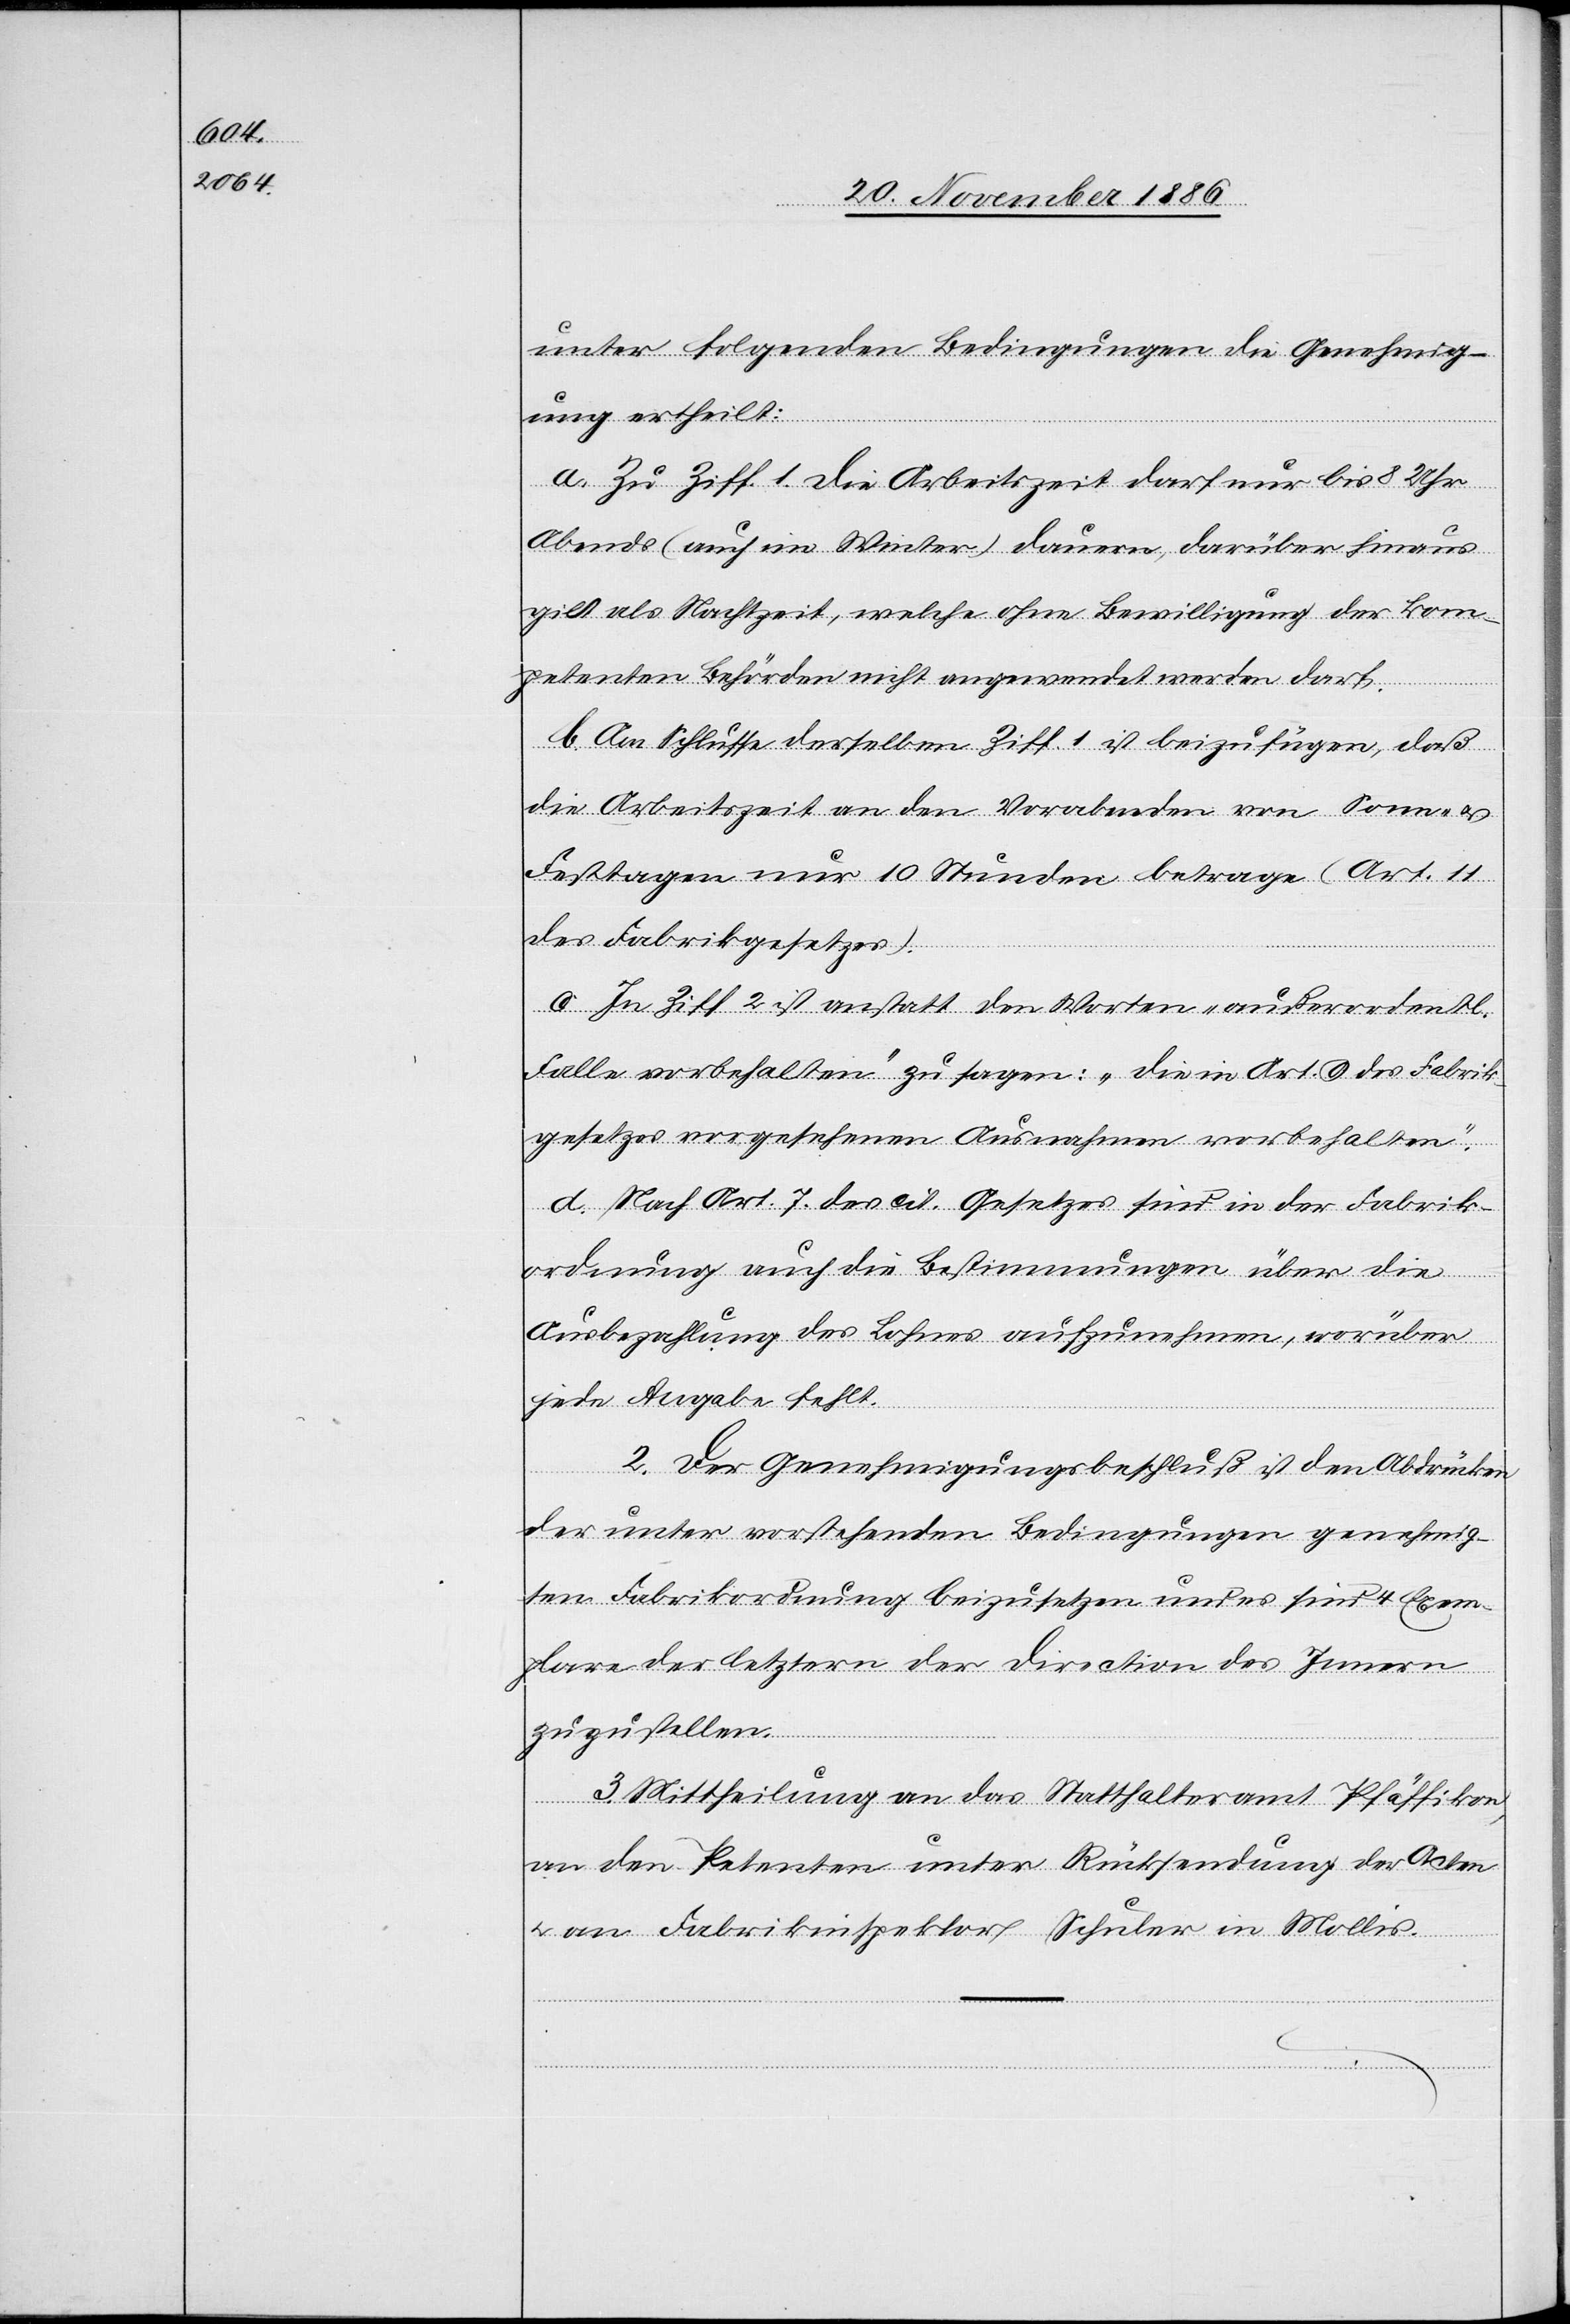
unter folgenden Bedingungen die Genehmig¬
ung ertheilt:
a. Zu Ziff. 1. Die Arbeitszeit darf nur bis 8 Uhr
Abends (auch im Winter) dauern, darüber hinaus
gilt als Nachtzeit, welche ohne Bewilligung der kom¬
petenten Behörden nicht angewendet werden darf.
b. Am Schlusse derselben Ziff. 1 ist beizufügen, daß
die Arbeitszeit an den Vorabenden von Sonn-
Festtagen nur 10 Stunden betrage (Art. 11
des Fabrikgesetzes).
c. In Ziff. 2 ist anstatt den Worten „außerordentl.
Falle [sic!] vorbehalten“ zu sagen: „die in Art. 9 des Fabrik¬
gesetzes vorgesehenen Ausnahmen vorbehalten“.
d. Nach Art. 7 des cit. Gesetzes sind in der Fabrik¬
ordnung auch die Bestimmungen über die
Ausbezahlung des Lohnes aufzunehmen, worüber
jede Angabe fehlt.
2. Der Genehmigungsbeschluß ist den Abdrücken
der unter vorstehenden Bedingungen genehmig¬
tem Fabrikordnung beizusetzen und es sind 4 Exem¬
plare der letztern der Direction des Innern
zuzustellen.
3. Mittheilung an das Statthalteramt Pfäffikon,
an den Petenten unter Rücksendung der Acten
& an Fabrikinspektor Schuler in Mollis.